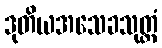
ဒုတိယအသေခသုတ္တံ